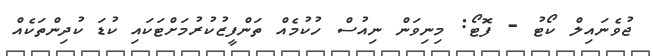
ޖުވެނައިލް ކޯޓު - ފޮޓޯ: މިނިވަން ނިއުސް ހުކުމެއް ތަންފީޒުކުރުމަށްޓަކައި ކުޑަ ކުދިންތަކެއް